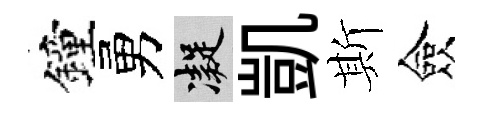
鐘勇凝凱斯僉